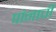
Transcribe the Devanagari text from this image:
पांनाची